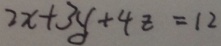
2 x + 3 y + 4 z = 1 2